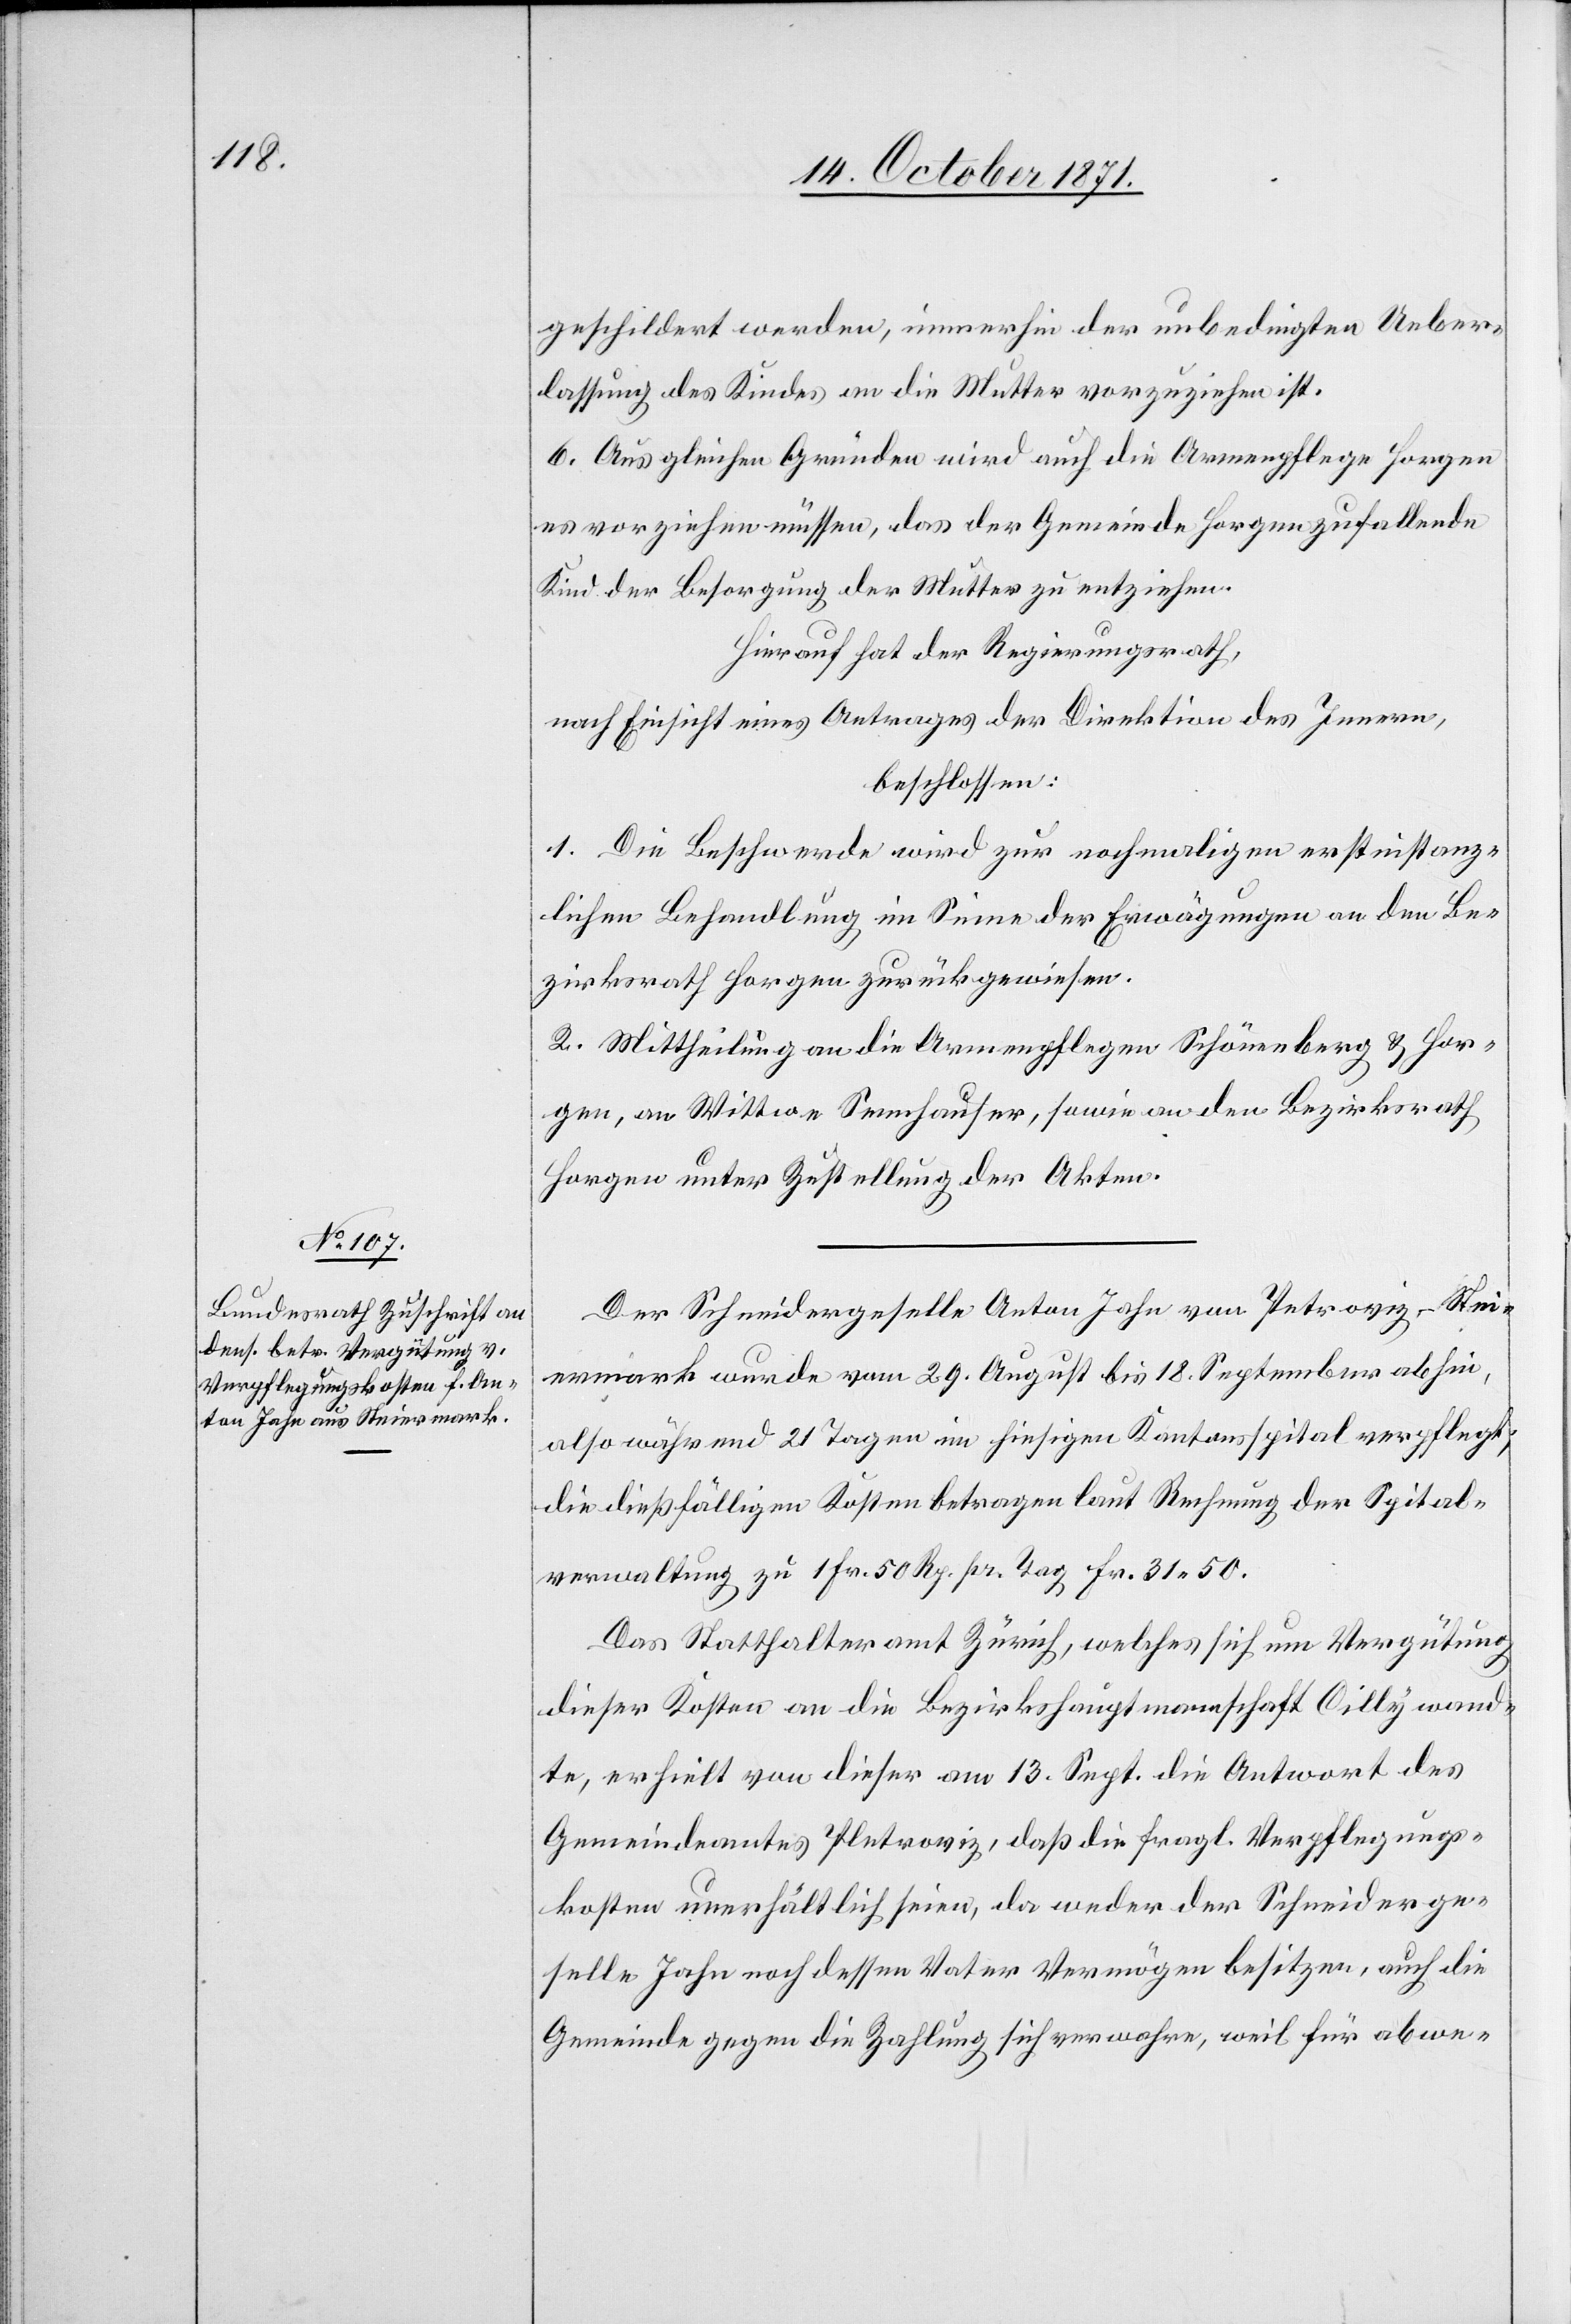
geschildert werden, immerhin der unbedingten Ueber¬
lassung des Kindes an die Mutter vorzuziehen ist.
6. Aus gleichen Gründen wird auch die Armenpflege Horgen
es vorziehen müssen, dass der Gemeinde Horgen zufallende
Kind der Besorgung der Mutter zu entziehen.
Hierauf hat der Regierungsrath,
nach Einsicht eines Antrages der Direktion des Innern,
beschlossen:
1. Die Beschwerde wird zur nochmaligen erstinstanz¬
lichen Behandlung im Sinne der Erwägungen an den Be¬
zirksrath Horgen zurückgewiesen.
2. Mittheilung an die Armenpflegen Schönenberg & Hor¬
gen, an Wittwe Sennhauser, sowie an den Bezirksrath
Horgen unter Zustellung der Akten.
Der Schreibergeselle Anton Jahn von Petroviz-Stei¬
ermark wurde vom 29. August bis 18. September abhin,
also während 21 Tagen im hiesigen Kantonsspital verpflegt;
die dießfälligen Kosten betragen laut Rechnung der Spital¬
verwaltung zu 1 Fr. 50 Rp. pr. Tag Fr. 31.50.
Das Statthalteramt Zürich, welches sich um Vergütung
dieser Kosten an die Bezirkshauptmannschaft Cilly wand¬
te, erhielt von dieser am 13. Sept. die Antwort des
Gemeindeamtes Petroviz, daß die fragl. Verpflegungs¬
kosten unerhältlich seien, da weder der Schneiderge¬
selle Jahn noch dessen Vater Vermögen besitzen, auch die
Gemeinde gegen die Zahlung sich verwahre, weil für abwe-